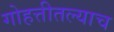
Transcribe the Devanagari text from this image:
गोहत्तीतल्याच